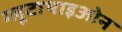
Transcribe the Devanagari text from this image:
ग्लूटाथाइओन